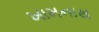
ખામનાથ